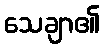
သေချာ၏